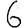
Digit: 6